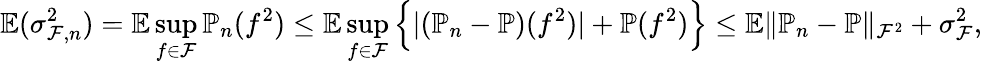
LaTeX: \mathbb{E}(\sigma_{\mathcal{F},n}^{2})=\mathbb{E}\operatorname*{sup}_{f\in\mathcal{F}}\mathbb{P}_{n}(f^{2})\le\mathbb{E}\operatorname*{sup}_{f\in\mathcal{F}}\Big\{ |(\mathbb{P}_{n}-\mathbb{P})(f^{2})|+\mathbb{P}(f^{2})\Big\} \le\mathbb{E}\| \mathbb{P}_{n}-\mathbb{P}\| _{\mathcal{F}^{2}}+\sigma_{\mathcal{F}}^{2},